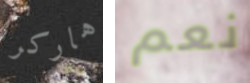
هاركر نعم